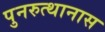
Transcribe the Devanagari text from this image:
पुनरुत्थानास